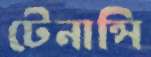
টেনান্সি